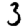
Digit: 3